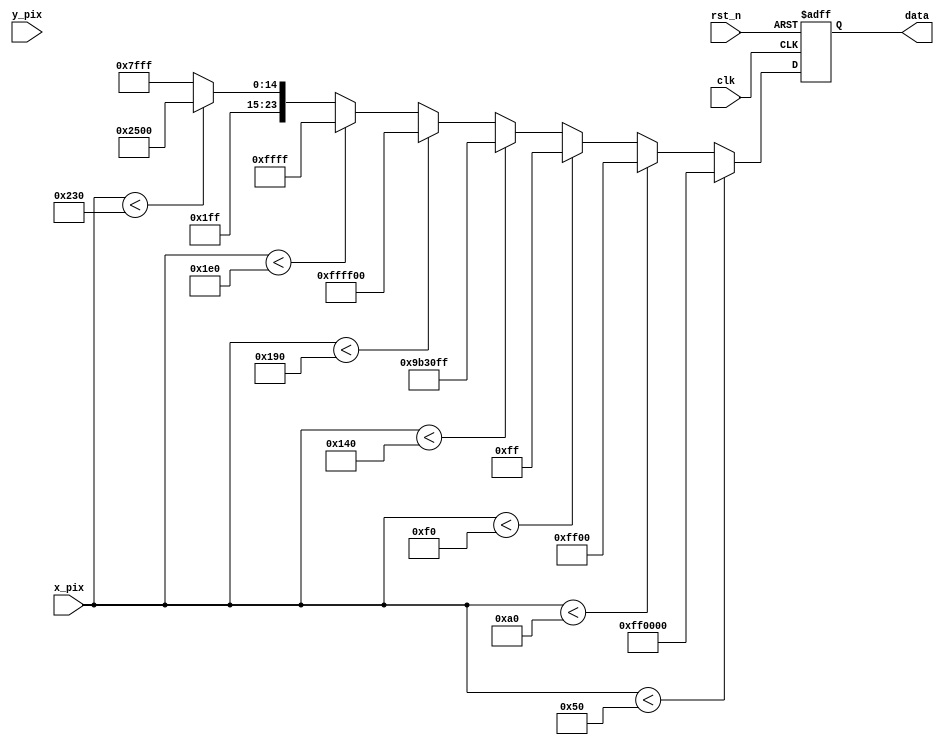
module rainbow_generate(
    input           	  clk     ,
    input           	  rst_n   ,

    input   	[ 9:0]  x_pix   ,
    input   	[ 9:0]  y_pix   ,

    output reg [23:0]  data
);

parameter red       = 24'hFF0000;
parameter green     = 24'h00FF00;
parameter blue      = 24'h0000FF;
parameter purple    = 24'h9B30FF;
parameter yellow    = 24'hFFFF00;
parameter cyan      = 24'h00FFFF;
parameter orange    = 24'hFFA500;
parameter white     = 24'hFFFFFF;

parameter bar_wide = 10'd640 / 10'd8;

always @(posedge clk or negedge rst_n) begin
	if(!rst_n) begin
		data <= 24'b0;
	end
	else begin
		if(x_pix < bar_wide * 11'd1)
			data <= red;
		else if(x_pix < bar_wide * 11'd2)
			data <= green;
		else if(x_pix < bar_wide * 11'd3)
			data <= blue;
		else if(x_pix < bar_wide * 11'd4)
			data <= purple;
		else if(x_pix < bar_wide * 11'd5)
			data <= yellow;
		else if(x_pix < bar_wide * 11'd6)
			data <= cyan;
		else if(x_pix < bar_wide * 11'd7)
			data <= orange;
		else
			data <= white;
	end
end

endmodule